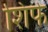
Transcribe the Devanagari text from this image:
शिर्फ